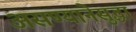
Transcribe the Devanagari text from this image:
असण्यानेसुद्धा